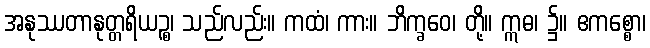
အနုဿတာနုတ္တရိယဉ္စ၊ သည်လည်း။ ကထံ၊ ကား။ ဘိက္ခဝေ၊ တို့။ ဣဓ၊ ၌။ ဧကစ္စော၊